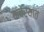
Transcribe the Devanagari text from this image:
कचेर्‍यात